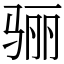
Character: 骊